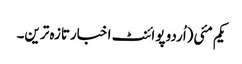
یکم مئی(اُردو پوائنٹ اخبارتازہ ترین۔